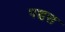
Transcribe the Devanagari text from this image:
पच्चस